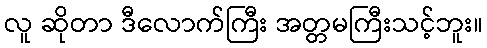
လူ ဆိုတာ ဒီလောက်ကြီး အတ္တမကြီးသင့်ဘူး။